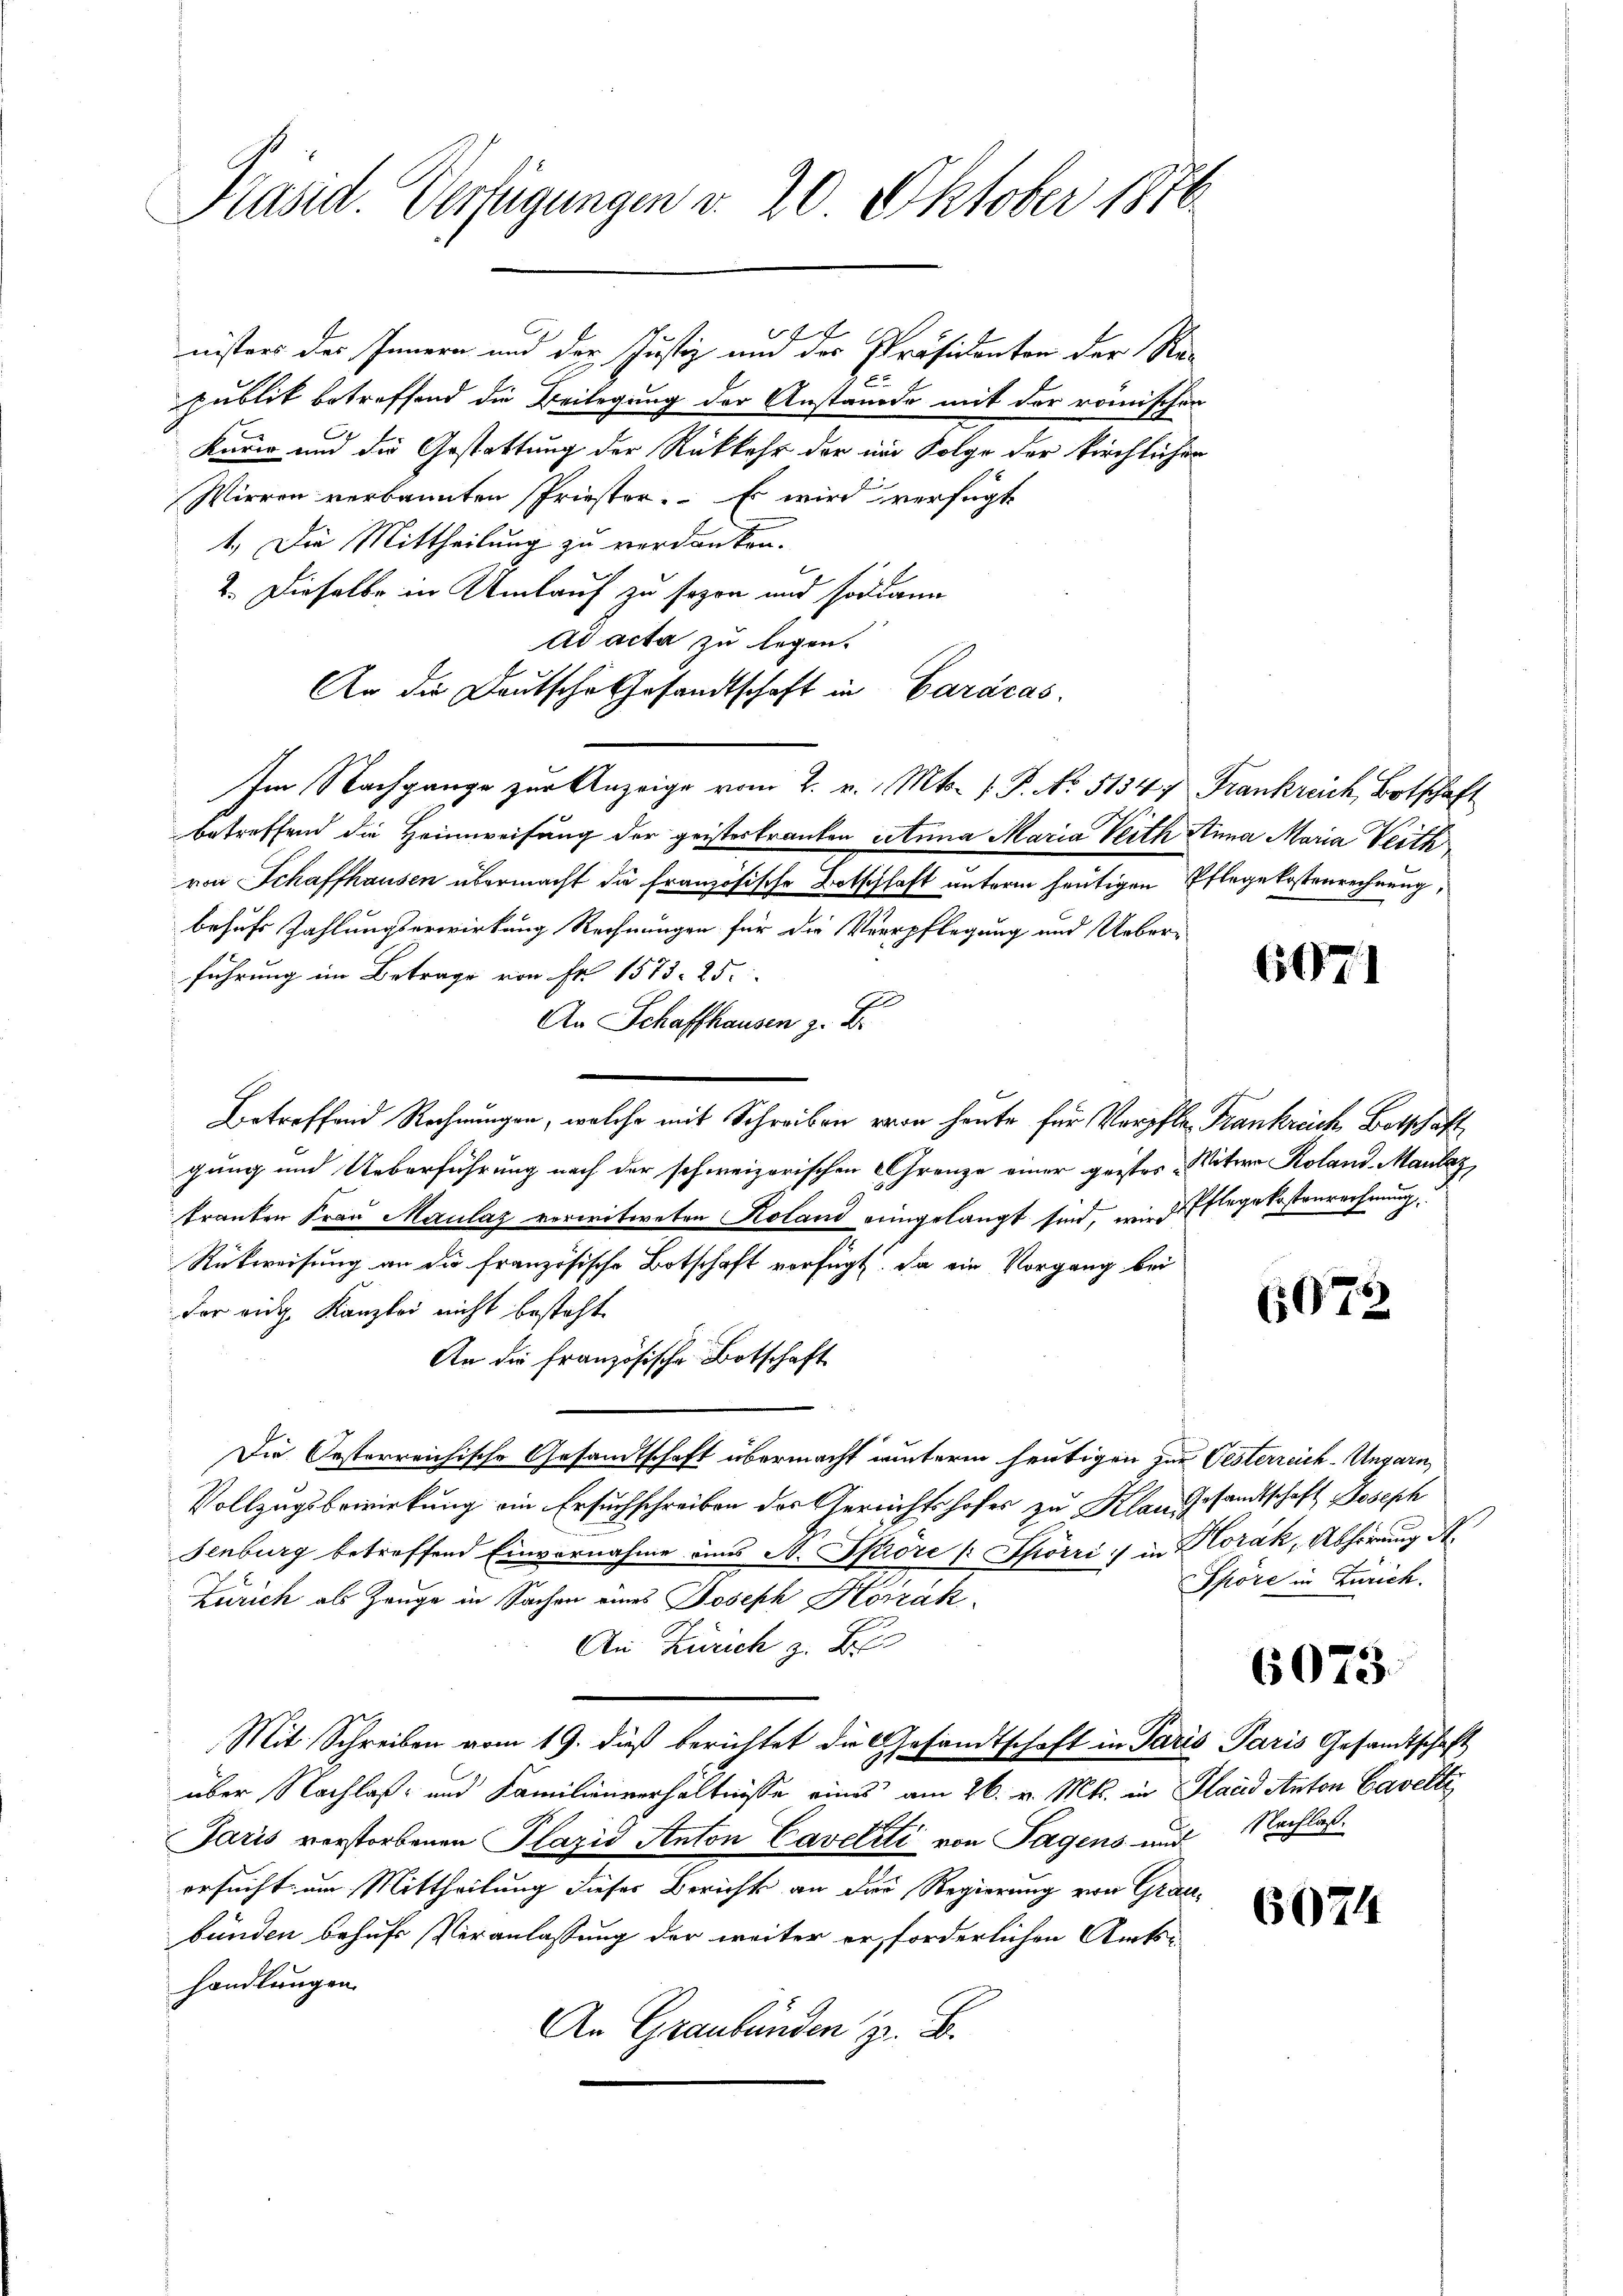
Präsid. Verfügungen v. 20. Oktober 1876.

f
nisters des Innern und der Justiz um des Präsidenten der Rapublik betreffend die Beilegung der Anstande mit der romischen
kurir und die Gestattung der Rückkehr der in Folge der kirchlicher
Wirren verkannten Priestor. Es wird verfügt
1.) Die Mittheilung zu verdanken.
2. Dieselbe in Umlauf zu sezen und sodann
Ad acta zu legen.
An die Deutsche Gesandtschaft in Caracas.
Im Nachgange zur Anzeige vom 2. v. Mts. 1. P. No. 5134, Frankreich, Botschaft
betreffend die Heimweisung der geisteskranken Aetnna Maria Verth Anna Maria Verth
von Schaffhausen übermacht die französische Botschlaft unterm heutigen Pflegekostenrechnung,
behufs Zahlungserwirkung Rechnungen für die Verpflegung und Ueberführung im Betrage von Fr. 1573. 25.
An Schaffhausen z. B.
Betreffend Rechnungen, welche mit Schreiben von heute für Verpfle Frankreich Botschaft
gung und Ueberführung nach der schweizerischen Franze einer gristes Witwe Roland-Maulaz
kranken Frau Maulaz verwitweten Koland eingelangt sind, wird Pflegekostenrechnung
Rückweisung an die französische Botschaft verfügt. Da ein Vorgang bei
der ein Kanzlei nicht besteht
An die französische Botschaft
Die Oesterreichische Gesandtschaft übermacht winterm heutigen zur Oesterreich-Ungarn,
Vollzugsbewirkung ein Ersuchschreiben der Gerichtshofes zu Klausgesandtschaft Joseph
Senburg betreffend Einvernahme eines A. Spiore / Spörri :/ in Horak, Abhörung A
Zürich als Zeuge in Sachen eines Joseph Hörzak¬
An Zürich z. B
Mit Schreiben vom 19. dieß berichtet die Gesandtschaft in Paris Paris Gesandtschaft
über Nachlaß- und Familienverhältnisse eines am 26. v. Mts. in Hand Anton Cavelte
Jaris verstorbenen Plazis Anton Caveliti von Tagens und Nachlaßersucht um Mittheilung dieses Bericht an der Regierung von Graubünden behufe Veranlassung der weiter er, forderlichen Amtshandlungen.
An Graubünden z. B.

6071

6072

Shöre in Zürich.

6073.

6024